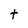
Character: t